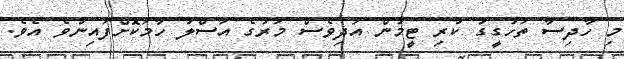
މި ހާދިސާ ތަހުގީގު ކުރި ޓީމުން އަދިވެސް މަރުގެ އަސްލު ހާމަކޮށްފައިނުވެ އެވެ.